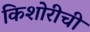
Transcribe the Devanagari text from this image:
किशोरीची